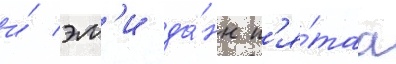
и́ эм'и да́нн п'я́таа